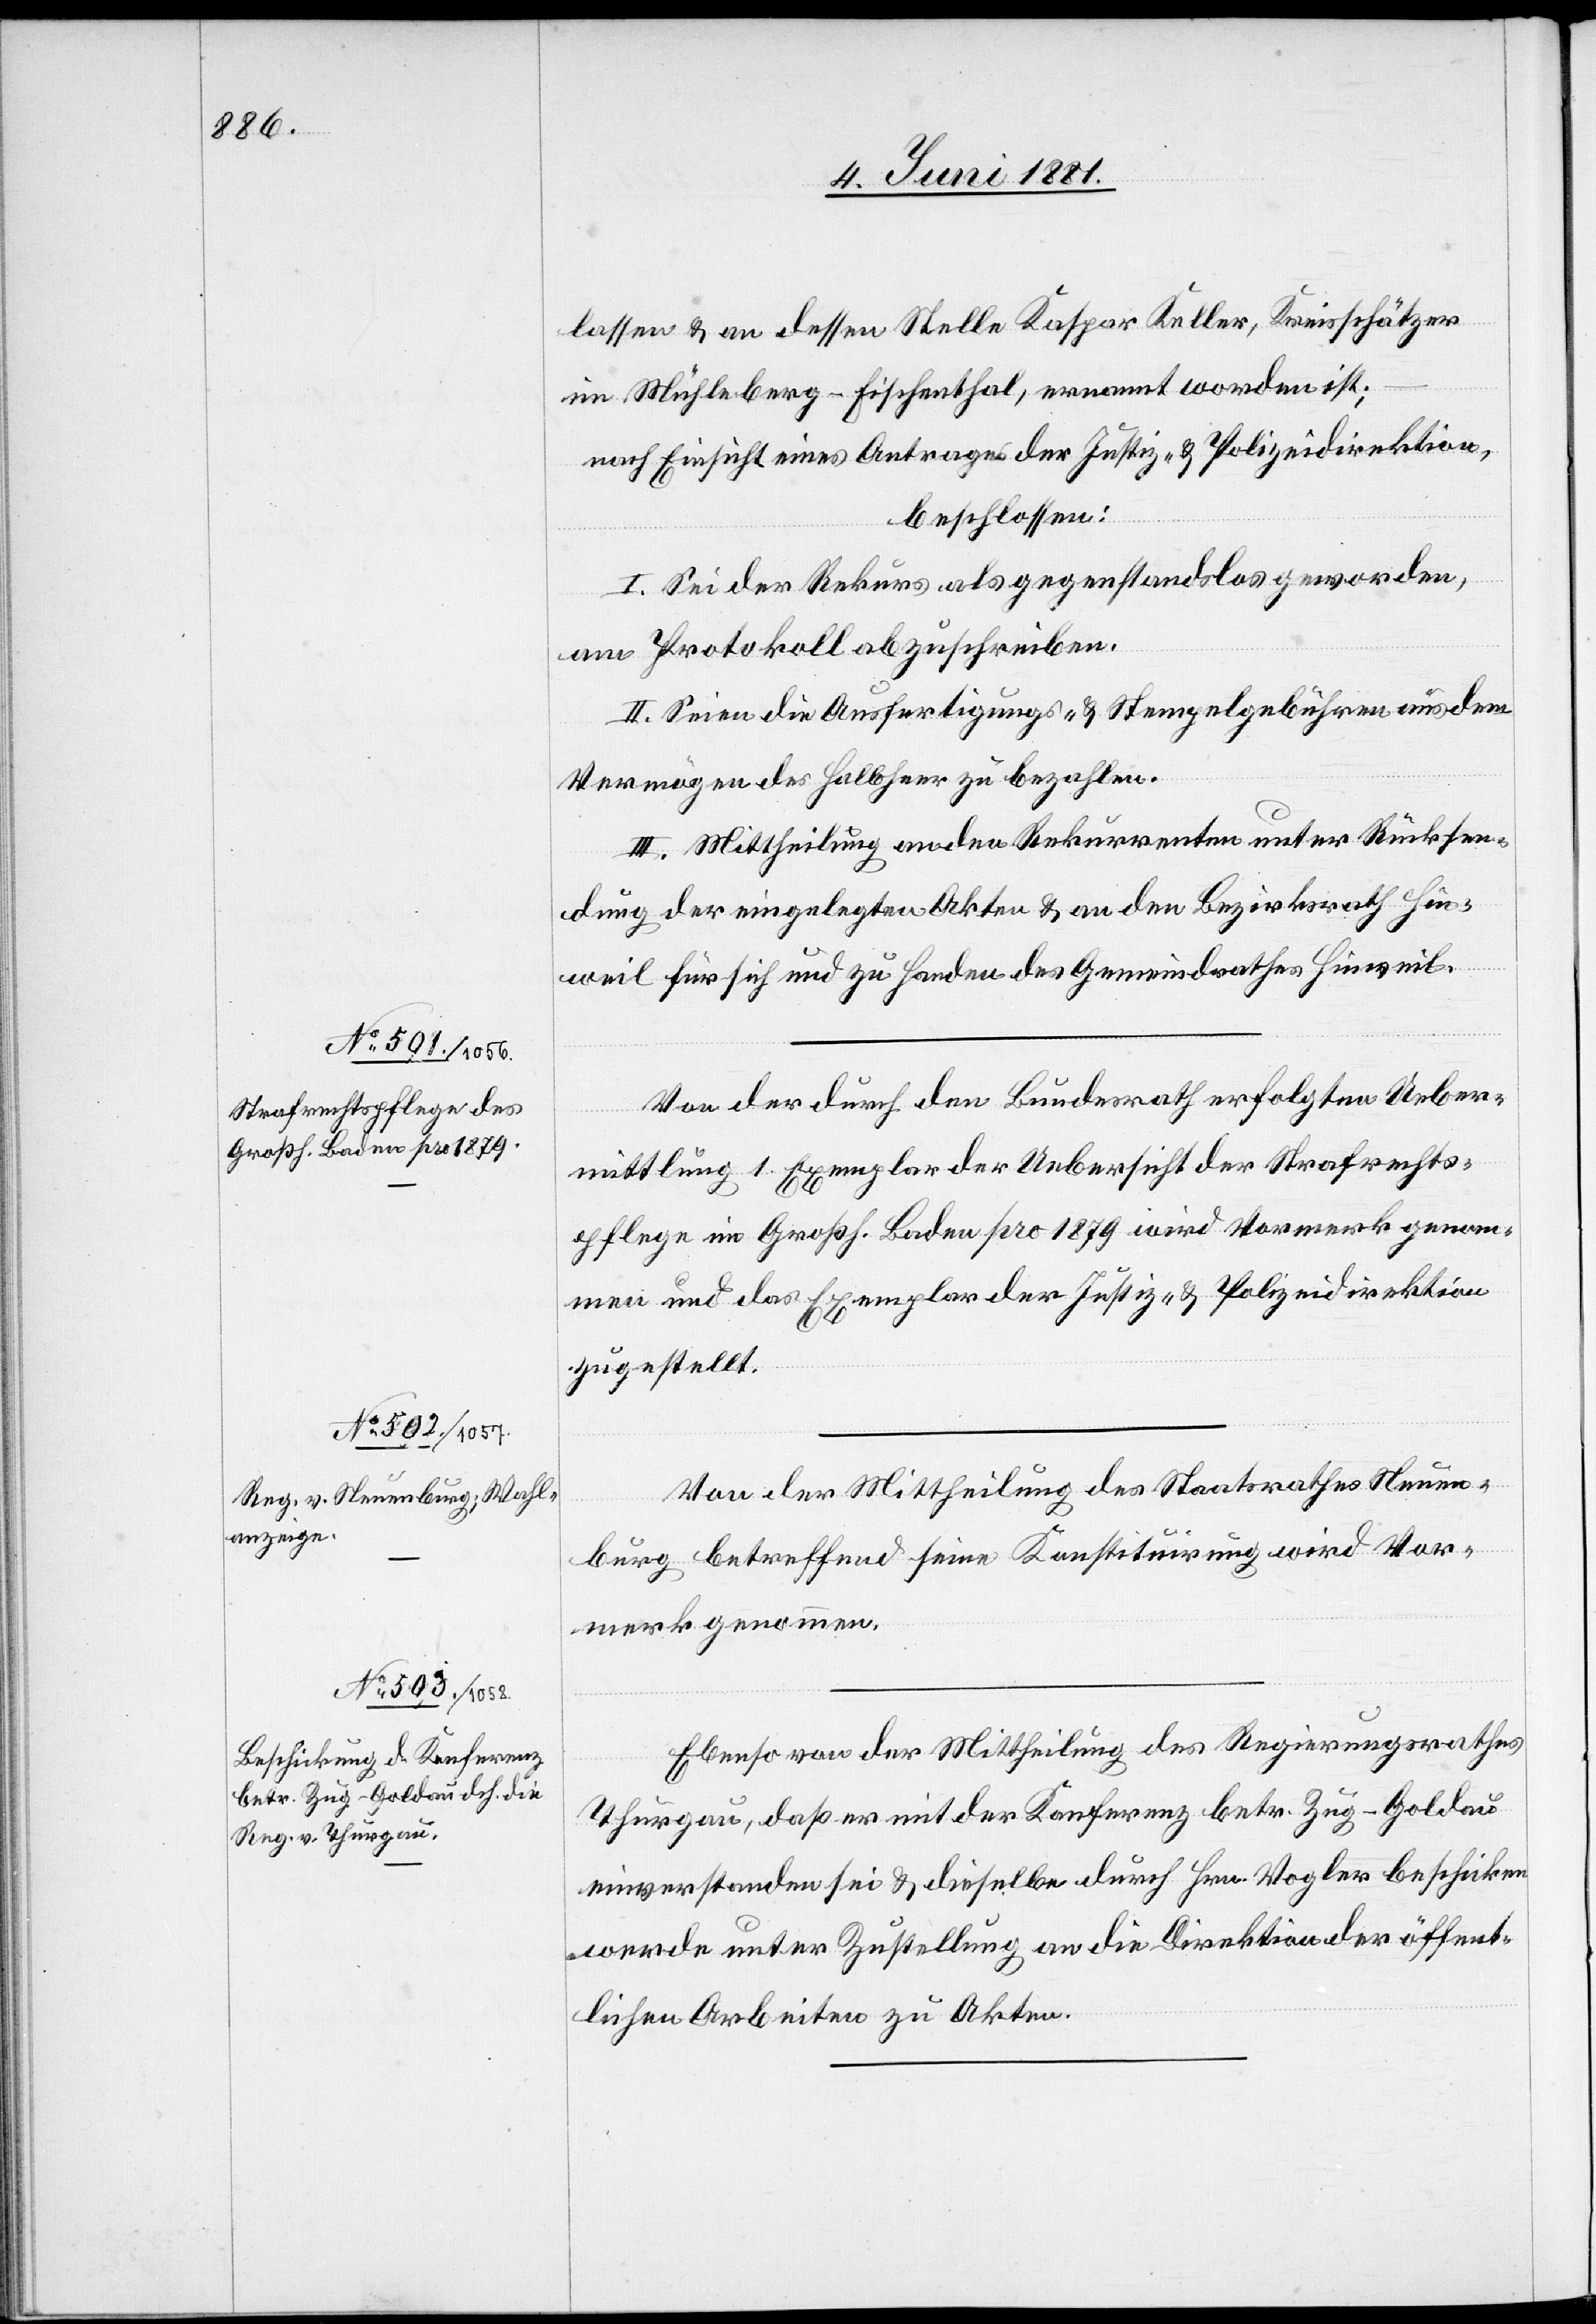
lassen & an dessen Stelle Kaspar Keller, Kreisschätzer
im Mühleberg - Fischenthal, ernannt worden ist;
nach Einsicht eines Antrages der Justiz- & Polizeidirektion,
beschlossen:
I. Sei der Rekurs als gegenstandslos geworden,
am Protokoll abzuschreiben.
II. Seien die Ausfertigungs- & Stempelgebühren aus dem
Vermögen des Halbheer zu bezahlen.
III. Mittheilung an den Rekurrenten unter Rücksen¬
dung der eingelegten Akten & an den Bezirksrath Hin¬
weil für sich und zu Handen des Gemeindrathes Hinweil.
Von der durch den Bundesrath erfolgten Ueber¬
mittlung 1 Exemplar der Uebersicht der Strafrechts¬
pflege im Großh. Baden pro 1879 wird Vormerk genom¬
men und das Exemplar der Justiz- & Polizeidirektion
zugestellt.
Von der Mittheilung des Staatsrathes Neuen¬
burg betreffend seine Konstituirung wird Vor¬
merk genommen.
Ebenso von der Mittheilung des Regierungsrathes
Thurgau, daß er mit der Konferenz betr. Zug–Goldau
einverstanden sei & dieselbe durch Hrn. Vogler beschicken
werde unter Zustellung an die Direktion der öffent¬
lichen Arbeiten zu Akten.